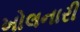
ખોલનારી